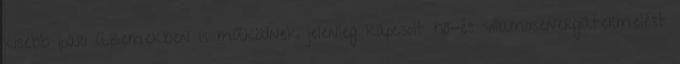
kisebb ipari üzemekben is működnek jelenleg kapcsolt hő-és villamosenergiatermelést